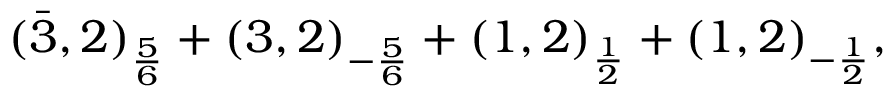
( \bar { 3 } , 2 ) _ { \frac { 5 } { 6 } } + ( 3 , 2 ) _ { - \frac { 5 } { 6 } } + ( 1 , 2 ) _ { \frac { 1 } { 2 } } + ( 1 , 2 ) _ { - \frac { 1 } { 2 } } ,